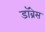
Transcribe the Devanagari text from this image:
डॉब्रेस